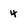
Character: 4